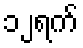
၁၂ရက်